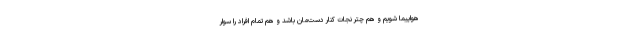
هواپیما شویم و هم چتر نجات کنار دست‌مان باشد و هم تمام افراد را سوار